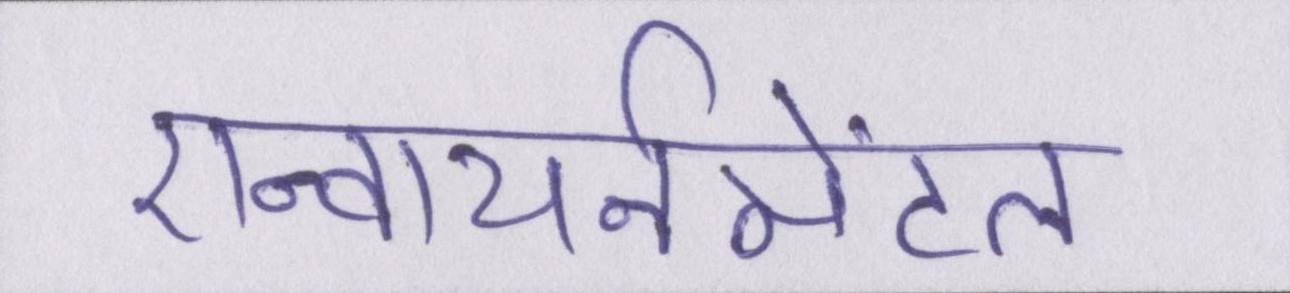
एन्वायर्नमेंटल